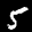
Label: 5